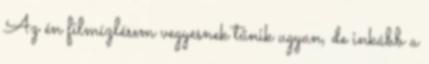
Az én filmízlésem vegyesnek tűnik ugyan, de inkább a